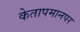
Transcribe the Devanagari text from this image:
केतापमानपर